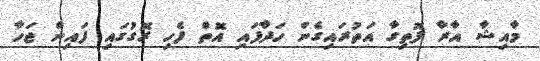
މާއިޝާ އާރާ ފޮތިގާ އަތުރައިގެން ހަދާފައި އޮތް ފެހި ރޮގުގައި ފައިން ޖަހާ